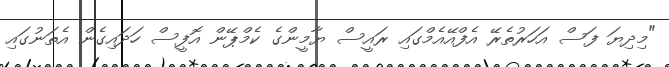
"މިދިޔަ ފަސް އަހަރުތެރޭ އެފްއޭއެމްގައި ރައީސް ޔާމީންގެ ކެމްޕޭން އޮފީސް ހަދައިގެން އެތަނުގައި